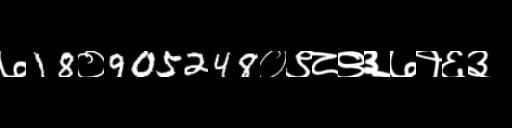
Text: ७18०905248०९८९३७१६३